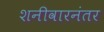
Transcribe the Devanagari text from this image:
शनीवारनंतर